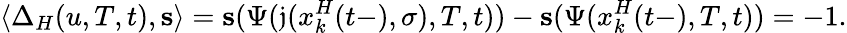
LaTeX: \langle\Delta_{H}(u,T,t),\mathbf{s}\rangle=\mathbf{s}(\Psi(\mathfrak{j}(x_{k}^{H}(t-),\sigma),T,t))-\mathbf{s}(\Psi(x_{k}^{H}(t-),T,t))=-1.